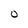
Character: O